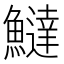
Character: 𬵮